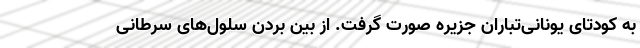
به کودتای یونانی‌تباران جزیره صورت گرفت. از بین بردن سلول‌های سرطانی